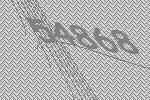
54868